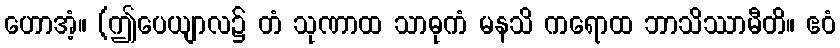
ဟောအံ့။ (ဤပေယျာလ၌ တံ သုဏာထ သာဓုကံ မနသိ ကရောထ ဘာသိဿာမီတိ။ ဧဝံ